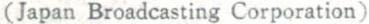
(Japan Broadcasting Corporation)